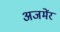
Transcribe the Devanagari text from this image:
अजमेंर